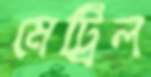
মেট্রিল